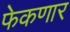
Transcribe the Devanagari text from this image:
फेकणार